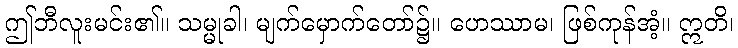
ဤဘီလူးမင်း၏။ သမ္မုခါ၊ မျက်မှောက်တော်၌။ ဟေဿာမ၊ ဖြစ်ကုန်အံ့။ ဣတိ၊